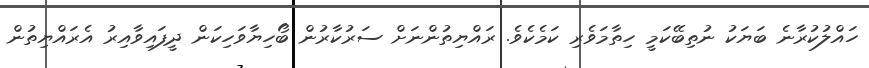
ހައްލުކުރާނެ ބަޔަކު ނުތިބޭކަމީ ހިތާމަވެރި ކަމެކެވެ. ރައްޔިތުންނަށް ސަރުކާރުން ބޯހިޔާވަހިކަން ދީފައިވާއިރު އެރައްޔިތުން